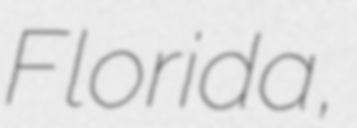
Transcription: Florida,